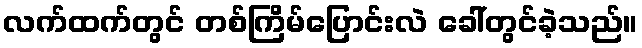
လက်ထက်တွင် တစ်ကြိမ်ပြောင်းလဲ ခေါ်တွင်ခဲ့သည်။